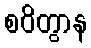
စဝိတွာန